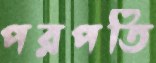
পরপতি